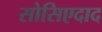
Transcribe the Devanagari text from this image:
सोसिएदाद